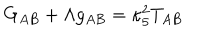
LaTeX: G _ { A B } + \Lambda g _ { A B } = \kappa _ { 5 } ^ { 2 } T _ { A B }